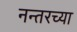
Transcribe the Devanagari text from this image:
नन्तरच्या